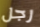
رجل